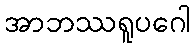
အာဘဿရူပဂေါ